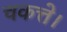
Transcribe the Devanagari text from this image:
चकत्ते।